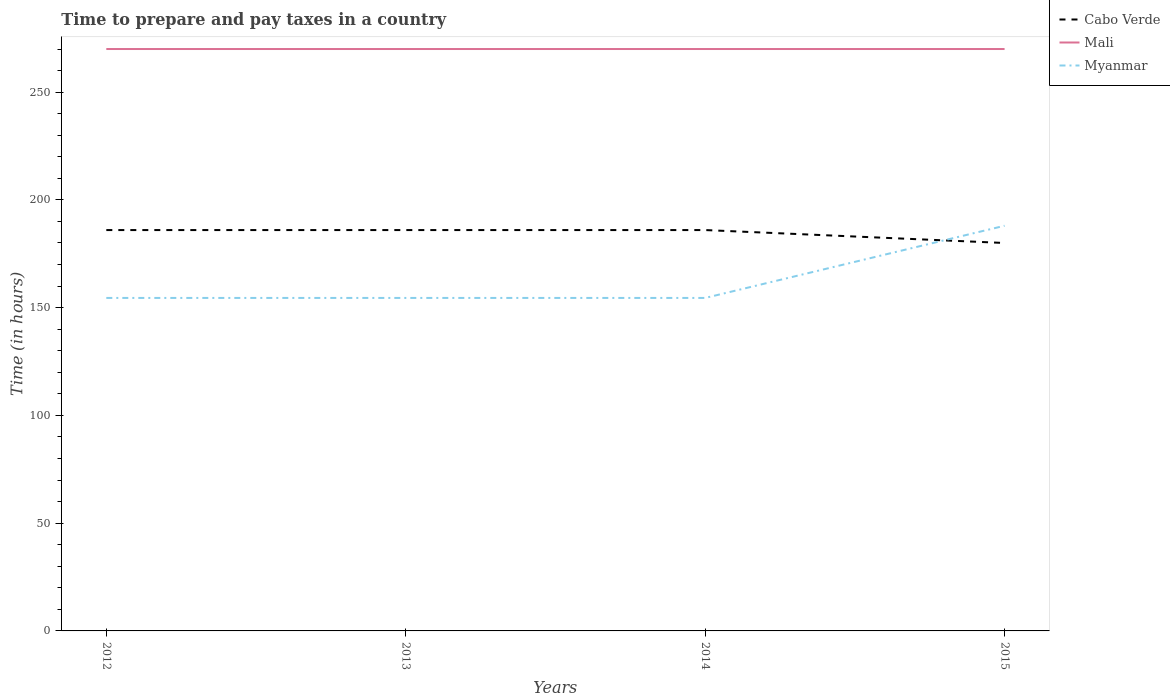
| Years | Cabo Verde | Mali | Myanmar |
 | --- | --- | --- | --- |
 | 2012 | 186 | 270 | 154 |
 | 2013 | 186 | 270 | 154 |
 | 2014 | 186 | 270 | 154 |
 | 2015 | 180 | 270 | 188 |